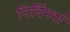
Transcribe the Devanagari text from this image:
निर्विमर्श